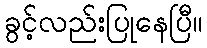
ခွင့်လည်းပြုနေပြီ။